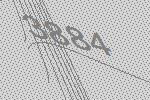
3884